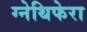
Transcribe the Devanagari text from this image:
ग्नेथिफेरा